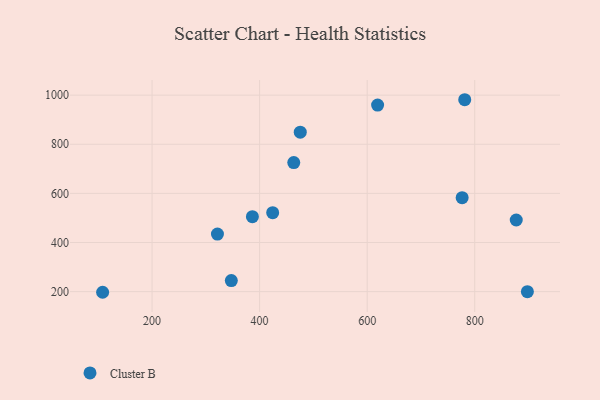
{"axis": {"x": "Experience", "y": "Profit"}, "legend": ["Cluster B"], "data": [{"x": "897.9", "y": 199.8, "type": "Cluster B"}, {"x": "463.5", "y": 725.4, "type": "Cluster B"}, {"x": "321.6", "y": 434.4, "type": "Cluster B"}, {"x": "424.3", "y": 521.6, "type": "Cluster B"}, {"x": "877.2", "y": 491.6, "type": "Cluster B"}, {"x": "347.4", "y": 245.2, "type": "Cluster B"}, {"x": "386.6", "y": 505.0, "type": "Cluster B"}, {"x": "619.4", "y": 959.5, "type": "Cluster B"}, {"x": "108.1", "y": 197.4, "type": "Cluster B"}, {"x": "776.6", "y": 582.5, "type": "Cluster B"}, {"x": "475.6", "y": 849.2, "type": "Cluster B"}, {"x": "781.4", "y": 981.3, "type": "Cluster B"}]}